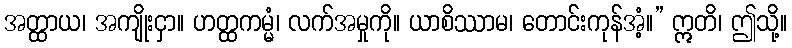
အတ္ထာယ၊ အကျိုးငှာ။ ဟတ္ထကမ္မံ၊ လက်အမှုကို။ ယာစိဿာမ၊ တောင်းကုန်အံ့။” ဣတိ၊ ဤသို့။